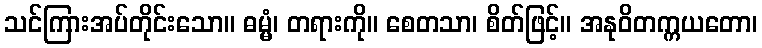
သင်ကြားအပ်တိုင်းသော။ ဓမ္မံ၊ တရားကို။ စေတသာ၊ စိတ်ဖြင့်။ အနုဝိတက္ကယတော၊